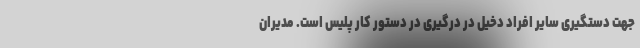
جهت دستگیری سایر افراد دخیل در درگیری در دستور کار پلیس است. مدیران